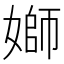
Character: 𡟪